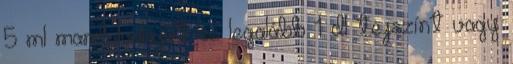
5 ml mandulaolajat és legalább 1 dl tejszínt vagy